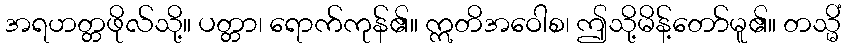
အရဟတ္တဖိုလ်သို့။ ပတ္တာ၊ ရောက်ကုန်၏။ ဣတိအဝေါစ၊ ဤသို့မိန့်တော်မူ၏။ တသ္မိံ